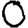
Digit: 0